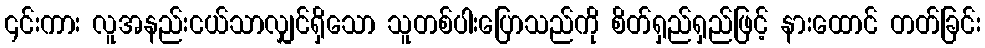
၎င်းကား လူအနည်းငယ်သာလျှင်ရှိသော သူတစ်ပါးပြောသည်ကို စိတ်ရှည်ရှည်ဖြင့် နားထောင် တတ်ခြင်း